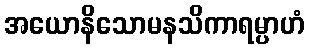
အယောနိသောမနသိကာရမ္ပာဟံ